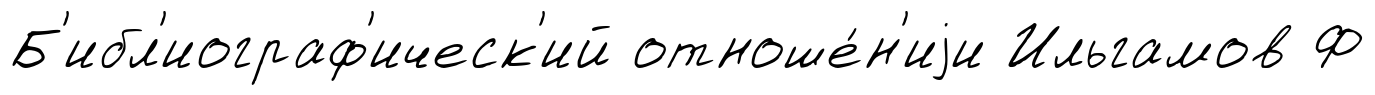
Б'ибл'иограф'ическ'ий отноше́н'иjи Ильгамов Ф